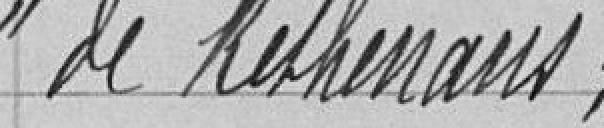
de Rethenans